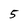
Character: 5